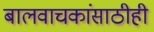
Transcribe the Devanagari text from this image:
बालवाचकांसाठीही